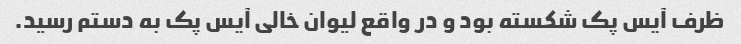
ظرف آیس پک شکسته بود و در واقع لیوان خالی آیس پک به دستم رسید.